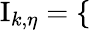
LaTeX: \begin{array}{r}{\mathrm{I}_{k,\eta}=\left\{ \begin{array}{rlr}\end{array}\right.}\end{array}